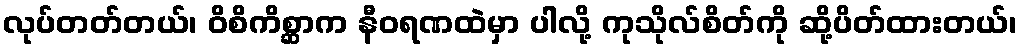
လုပ်တတ်တယ်၊ ဝိစိကိစ္ဆာက နီဝရဏထဲမှာ ပါလို့ ကုသိုလ်စိတ်ကို ဆို့ပိတ်ထားတယ်၊